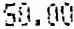
50.00